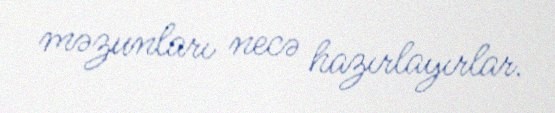
məzunları necə hazırlayırlar.